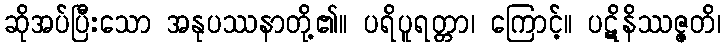
ဆိုအပ်ပြီးသော အနုပဿနာတို့၏။ ပရိပူရတ္တာ၊ ကြောင့်။ ပဋိနိဿဇ္ဇတိ၊